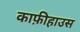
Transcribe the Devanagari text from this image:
काफ़ीहाउस